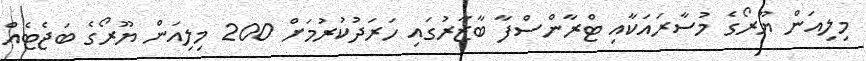
މިލިއަން ޔޫރޯގެ މުސާރައަކާއި ޓްރާންސްފާ ބާޒާރުގައި ހަރަދުކުރުމަށް 200 މިލިއަން ޔޫރޯގެ ބަޖެޓެއް